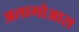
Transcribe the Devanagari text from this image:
अलागोआस